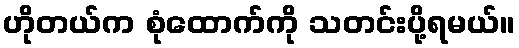
ဟိုတယ်က စုံထောက်ကို သတင်းပို့ရမယ်။